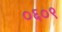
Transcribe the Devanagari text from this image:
०६०९